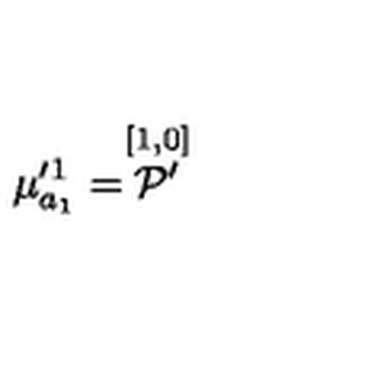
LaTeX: \mu _ { a _ { 1 } } ^ { \prime 1 } = \stackrel { [ 1 , 0 ] } { { \cal P } ^ { \prime } }